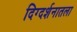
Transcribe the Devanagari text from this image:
दिग्दर्शनातला